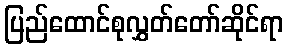
ပြည်ထောင်စုလွှတ်တော်ဆိုင်ရာ